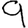
Digit: 9